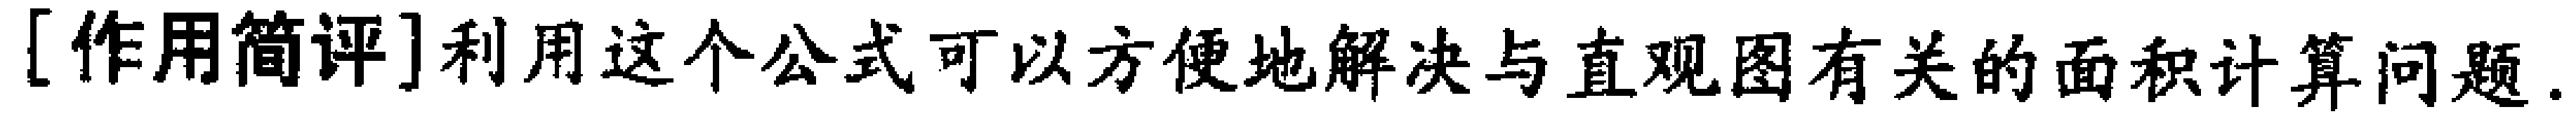
[作用简评]利用这个公式可以方便地解决与直观图有关的面积计算问题.